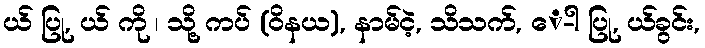
ယ် ပြု, ယ် ကို ၊ သို့ ကပ် (ဝိနယ), နာမ်ငဲ့, သိသက်, ေ-ါ ပြု, ယ်ခွင်း,